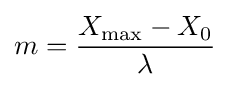
m={\frac {X_{\text{max}}-X_{0}}{\lambda }}